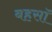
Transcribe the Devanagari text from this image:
बहसॉ